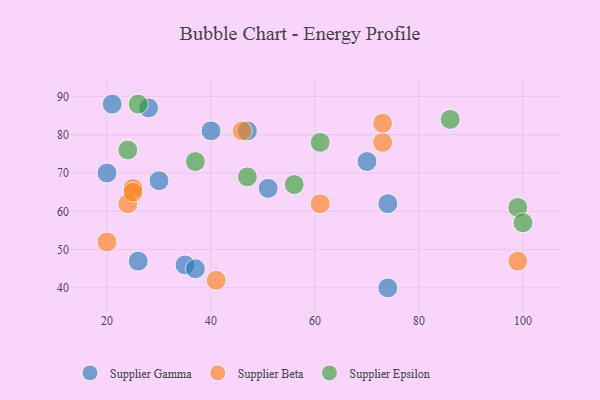
{"axis": {"x": "GDP", "y": "Life Expectancy"}, "legend": ["Supplier Beta", "Supplier Epsilon", "Supplier Gamma"], "data": [{"x": "74", "y": 40, "type": "Supplier Gamma"}, {"x": "51", "y": 66, "type": "Supplier Gamma"}, {"x": "28", "y": 87, "type": "Supplier Gamma"}, {"x": "21", "y": 88, "type": "Supplier Gamma"}, {"x": "30", "y": 68, "type": "Supplier Gamma"}, {"x": "47", "y": 81, "type": "Supplier Gamma"}, {"x": "20", "y": 70, "type": "Supplier Gamma"}, {"x": "35", "y": 46, "type": "Supplier Gamma"}, {"x": "40", "y": 81, "type": "Supplier Gamma"}, {"x": "37", "y": 45, "type": "Supplier Gamma"}, {"x": "74", "y": 62, "type": "Supplier Gamma"}, {"x": "26", "y": 47, "type": "Supplier Gamma"}, {"x": "70", "y": 73, "type": "Supplier Gamma"}, {"x": "25", "y": 66, "type": "Supplier Beta"}, {"x": "24", "y": 62, "type": "Supplier Beta"}, {"x": "99", "y": 47, "type": "Supplier Beta"}, {"x": "20", "y": 52, "type": "Supplier Beta"}, {"x": "73", "y": 78, "type": "Supplier Beta"}, {"x": "25", "y": 65, "type": "Supplier Beta"}, {"x": "41", "y": 42, "type": "Supplier Beta"}, {"x": "73", "y": 83, "type": "Supplier Beta"}, {"x": "46", "y": 81, "type": "Supplier Beta"}, {"x": "61", "y": 62, "type": "Supplier Beta"}, {"x": "37", "y": 73, "type": "Supplier Epsilon"}, {"x": "26", "y": 88, "type": "Supplier Epsilon"}, {"x": "99", "y": 61, "type": "Supplier Epsilon"}, {"x": "86", "y": 84, "type": "Supplier Epsilon"}, {"x": "47", "y": 69, "type": "Supplier Epsilon"}, {"x": "100", "y": 57, "type": "Supplier Epsilon"}, {"x": "61", "y": 78, "type": "Supplier Epsilon"}, {"x": "56", "y": 67, "type": "Supplier Epsilon"}, {"x": "24", "y": 76, "type": "Supplier Epsilon"}]}